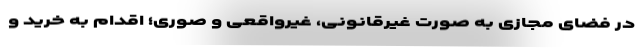
در فضای مجازی به صورت غیرقانونی، غیرواقعی و صوری؛ اقدام به خرید و